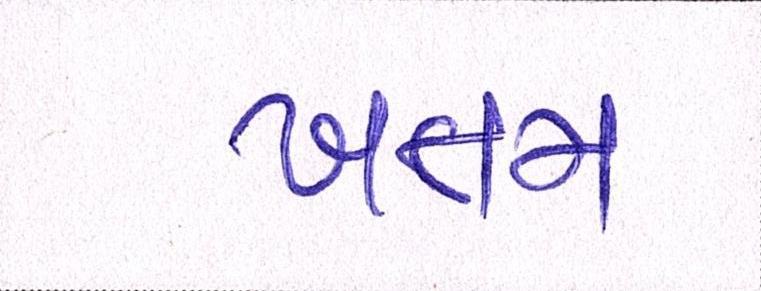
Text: ખતમ